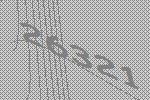
26321